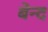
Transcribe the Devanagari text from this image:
बेन्द